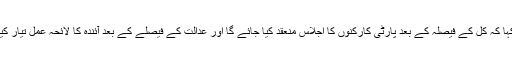
پارٹی نے کہا کہ کل کے فیصلہ کے بعد پارٹی کارکنوں کا اجلاس منعقد کیا جائے گا اور عدالت کے فیصلے کے بعد آئندہ کا لائحہ عمل تیار کیا جائے گا ۔